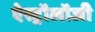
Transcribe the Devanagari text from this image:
ऐस्ट्रॉलॉजी